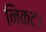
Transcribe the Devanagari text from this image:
निकट।